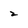
Character: 2